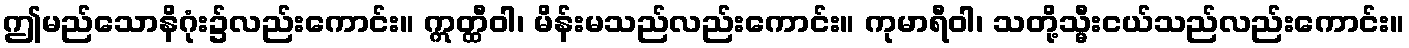
ဤမည်သောနိဂုံး၌လည်းကောင်း။ ဣတ္ထီဝါ၊ မိန်းမသည်လည်းကောင်း။ ကုမာရီဝါ၊ သတို့သ္မီးငယ်သည်လည်းကောင်း။